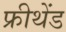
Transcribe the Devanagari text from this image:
फ्रीथेंड